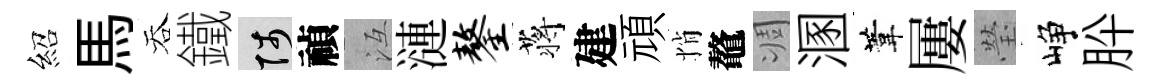
紹馬吞鐵陟禎冱漣鏊蒋建頑悄鼇凋溷葦屢瑩峥肸